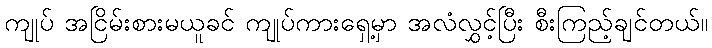
ကျုပ် အငြိမ်းစားမယူခင် ကျုပ်ကားရှေ့မှာ အလံလွှင့်ပြီး စီးကြည့်ချင်တယ်။